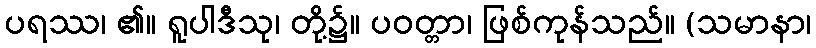
ပရဿ၊ ၏။ ရူပါဒီသု၊ တို့၌။ ပဝတ္တာ၊ ဖြစ်ကုန်သည်။ (သမာနာ၊